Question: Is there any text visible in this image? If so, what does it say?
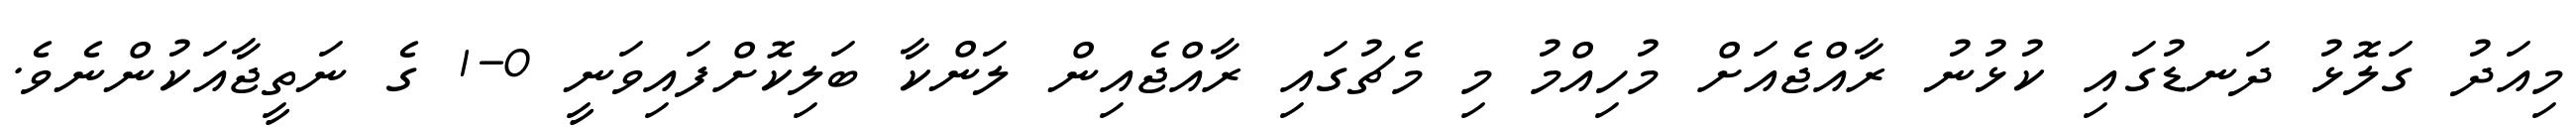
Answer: މިއަދު ގަލޮޅު ދަނޑުގައި ކުޅުނު ރާއްޖެއަށް މުހިއްމު މި މެޗުގައި ރާއްޖެއިން ލަންކާ ބަލިކޮށްފައިވަނީ 0-1 ގެ ނަތީޖާއަކުންނެވެ.